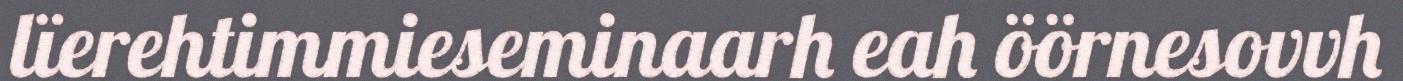
lïerehtimmieseminaarh eah öörnesovvh